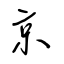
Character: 京